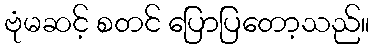
ဗုံမဆင့် စတင် ပြောပြတော့သည်။